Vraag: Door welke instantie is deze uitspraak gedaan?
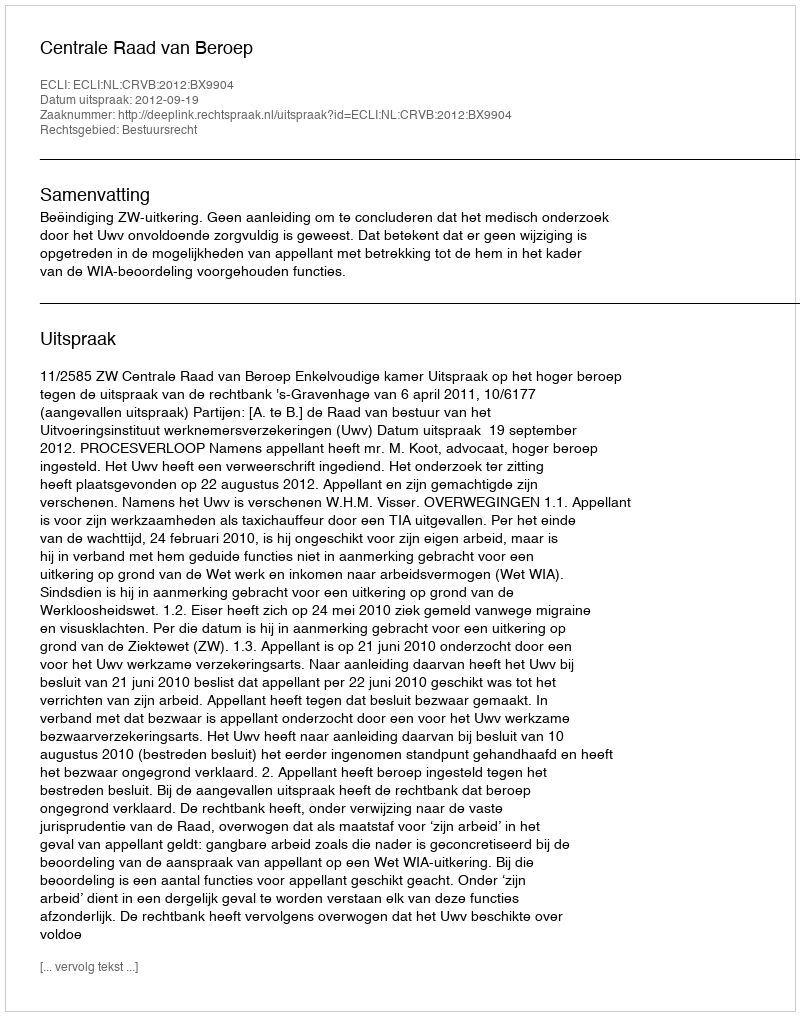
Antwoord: Centrale Raad van Beroep